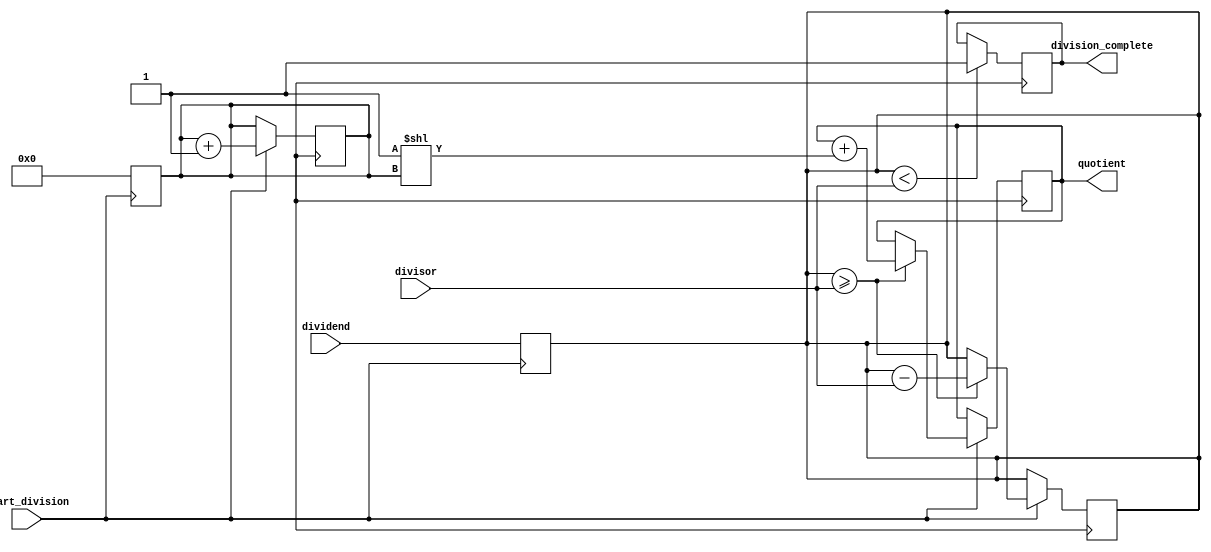
module AsynchronousDivider (
    input wire [15:0] dividend,
    input wire [15:0] divisor,
    input wire start_division,
    output reg [15:0] quotient,
    output reg division_complete
);

reg [15:0] remainder;
reg [3:0] shift_counter;

always @ (posedge start_division) begin
    shift_counter <= 0;
    remainder <= dividend;
end

always @ (posedge clk) begin
    if (start_division) begin
        if (remainder >= divisor) begin
            remainder <= remainder - divisor;
            quotient <= quotient + (1 << shift_counter);
        end
        shift_counter <= shift_counter + 1;
    end
    
    if (remainder < divisor) begin
        division_complete <= 1;
    end
end

endmodule